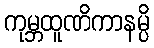
ကုမ္ဘထူဏိကာနမ္ပိ